Indian journal of veterinary science and animal husbandry - Volumes 15-17, 1948-1951
Year: 1948
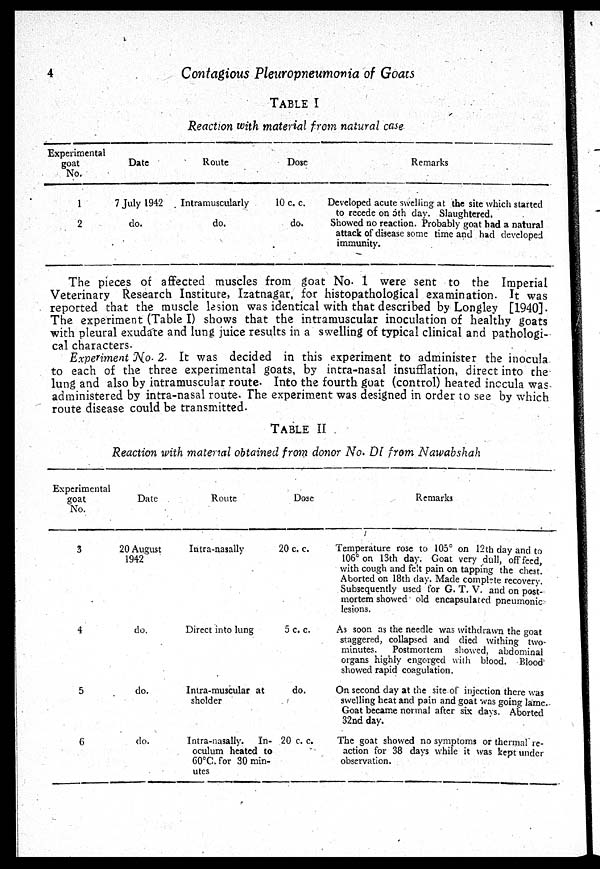
4
Contagions Pleuropneumonia of Goats
TABLE I
Reaction with material from natural case
Experimental
goat
No.
1
2
Date
7 July 1942
do.
Route
Intramuscularly
do.
Dose
10 c. c.
do.
Remarks
Developed acute swelling at the site which started
to recede on 5th day. Slaughtered.
Showed no reaction. Probably goat had a natural
attack of disease some time and had developed
immunity.
The pieces of affected muscles from goat No. 1 were sent to the Imperial
Veterinary Research Institute, Izatnagar, for histopathological examination. It was
reported that the muscle lesion was identical with that described by Longley [1940].
The experiment (Table I) shows that the intramuscular inoculation of healthy goats
with pleural exudate and lung juice results in a swelling of typical clinical and pathologi-
cal characters.
Experiment No. 2. It was decided in this experiment to administer the inocula
to each of the three experimental goats, by intra-nasal insufflation, direct into the
lung and also by intramuscular route. Into the fourth goat (control) heated inccula was
administered by intra-nasal route. The experiment was designed in order to see by which
route disease could be transmitted.
TABLE II
Reaction with material obtained from donor No. DI from Nawabshah
Experimental
goat
No.
3
4
5
6
Date
20 August
1942
do.
do.
do.
Route
Intra-nasally
Direct into lung
Inlra-muscular at
sholder
Intra-nasally. In-
oculum heated to
60°C. for 30 min-
utes
Dose
20 c. c.
5 c. c.
do.
20 c. c.
Remarks
Temperature rose to 105° on 12th day and to
106° on 13th day. Goat very dull, off feed,
with cough and felt pain on tapping the chest.
Aborted on 18th day. Made complete recovery.
Subsequently used for G. T. V. and on post-
mortem showed old encapsulated pneumonic
lesions.
As soon as the needle was withdrawn the goat
staggered, collapsed and died withing two-
minutes. Postmortem showed, abdominal
organs highly engorged with blood. Blood-
showed rapid coagulation.
On second day at the site of injection there was
swelling heat and pain and goat was going lame.
Goat became normal after six days. Aborted
32nd day.
The goat showed no symptoms or thermal re-
action for 38 days while it was kept under
observation.